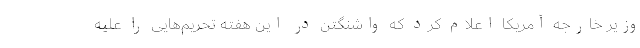
وزیر خارجه آمریکا اعلام کرد که واشنگتن در این هفته تحریم‌هایی را علیه